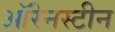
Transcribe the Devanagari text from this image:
ऑरेनस्टीन